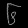
Digit: ၆